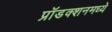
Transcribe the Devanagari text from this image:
प्रॉडक्शनमध्ये